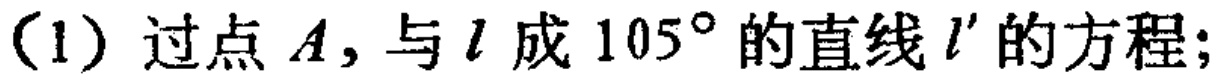
(1) 过点 \(A\)，与 \(l\) 成 \(105^{\circ}\) 的直线 \(l'\) 的方程;